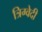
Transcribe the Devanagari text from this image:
त्रिग्वेदी